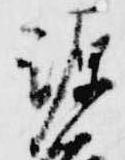
源